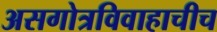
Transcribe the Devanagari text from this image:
असगोत्रविवाहाचीच